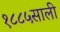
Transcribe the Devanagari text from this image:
१८८५साली